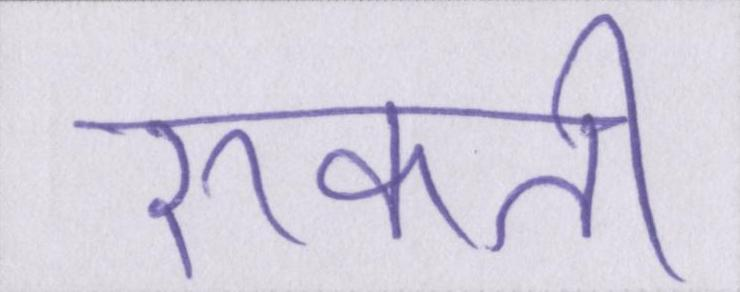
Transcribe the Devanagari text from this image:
रुकती